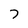
Character: 7